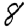
Digit: 8